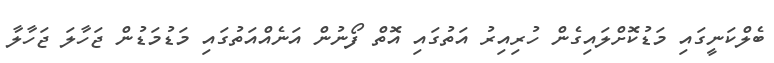
ބެލްކަނީގައި މަޑުކޮށްލައިގެން ހުރިއިރު އަތުގައި އޮތް ފޯނުން އަނެއްއަތުގައި މަޑުމަޑުން ޖަހާލަ ޖަހާލާ